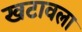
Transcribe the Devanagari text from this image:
खटावला